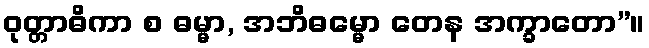
ဝုတ္တာဓိကာ စ ဓမ္မာ, အဘိဓမ္မော တေန အက္ခာတော”။